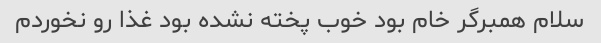
سلام همبرگر خام بود خوب پخته نشده بود غذا رو نخوردم